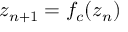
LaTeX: z _ { n + 1 } = f _ { c } ( z _ { n } )